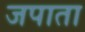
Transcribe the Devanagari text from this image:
जपाता